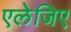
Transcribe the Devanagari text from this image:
एलेजिए